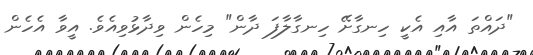
"ދައްތަ އާއި އެކީ ހިނގާށޭ ހިނގާލާފަ ދާން" މިހެން ވިދާޅުވިއެވެ. އީވާ އެހެން